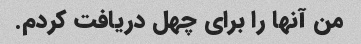
من آنها را برای چهل دریافت کردم.